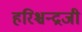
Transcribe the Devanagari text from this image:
हरिश्चन्द्रजी